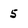
Character: 5